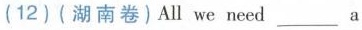
(12)(湖南卷)Allwe need___a